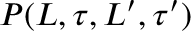
P ( L , \tau , L ^ { \prime } , \tau ^ { \prime } )